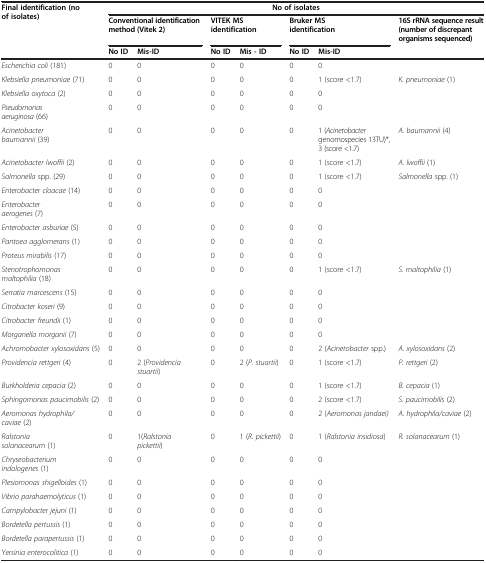
<table><thead><tr><td rowspan="3"><b>Final identification (no of isolates)</b></td><td colspan="7"><b>No of isolates</b></td></tr><tr><td colspan="2"><b>Conventional identification method (Vitek 2)</b></td><td colspan="2"><b>VITEK MS identification</b></td><td colspan="2"><b>Bruker MS identification</b></td><td><b>16S rRNA sequence result (number of discrepant organisms sequenced)</b></td></tr><tr><td><b>No ID</b></td><td><b>Mis-ID</b></td><td><b>No ID</b></td><td><b>Mis - ID</b></td><td><b>No ID</b></td><td><b>Mis-ID</b></td><td></td></tr></thead><tbody><tr><td><i>Escherichia coli</i> (181)</td><td>0</td><td>0</td><td>0</td><td>0</td><td>0</td><td>0</td><td></td></tr><tr><td><i>Klebsiella pneumoniae</i> (71)</td><td>0</td><td>0</td><td>0</td><td>0</td><td>0</td><td>1 (score &lt;1.7)</td><td><i>K. pneumoniae</i> (1)</td></tr><tr><td><i>Klebsiella oxytoca</i> (2)</td><td>0</td><td>0</td><td>0</td><td>0</td><td>0</td><td>0</td><td></td></tr><tr><td><i>Pseudomonas aeruginosa</i> (66)</td><td>0</td><td>0</td><td>0</td><td>0</td><td>0</td><td>0</td><td></td></tr><tr><td><i>Acinetobacter baumannii</i> (39)</td><td>0</td><td>0</td><td>0</td><td>0</td><td>0</td><td>1 (<i>Acinetobacter</i> genomospecies 13TU)*, 3 (score &lt;1.7)</td><td><i>A. baumannii</i> (4)</td></tr><tr><td><i>Acinetobacter lwoffii</i> (2)</td><td>0</td><td>0</td><td>0</td><td>0</td><td>0</td><td>1 (score &lt;1.7)</td><td><i>A. lwoffii</i> (1)</td></tr><tr><td><i>Salmonella</i> spp. (29)</td><td>0</td><td>0</td><td>0</td><td>0</td><td>0</td><td>1 (score &lt;1.7)</td><td><i>Salmonella</i> spp. (1)</td></tr><tr><td><i>Enterobacter cloacae</i> (14)</td><td>0</td><td>0</td><td>0</td><td>0</td><td>0</td><td>0</td><td></td></tr><tr><td><i>Enterobacter aerogenes</i> (7)</td><td>0</td><td>0</td><td>0</td><td>0</td><td>0</td><td>0</td><td></td></tr><tr><td><i>Enterobacter asburiae</i> (5)</td><td>0</td><td>0</td><td>0</td><td>0</td><td>0</td><td>0</td><td></td></tr><tr><td><i>Pantoea agglomerans</i> (1)</td><td>0</td><td>0</td><td>0</td><td>0</td><td>0</td><td>0</td><td></td></tr><tr><td><i>Proteus mirabilis</i> (17)</td><td>0</td><td>0</td><td>0</td><td>0</td><td>0</td><td>0</td><td></td></tr><tr><td><i>Stenotrophomonas maltophilia</i> (18)</td><td>0</td><td>0</td><td>0</td><td>0</td><td>0</td><td>1 (score &lt;1.7)</td><td><i>S. maltophilia</i> (1)</td></tr><tr><td><i>Serratia marcescens</i> (15)</td><td>0</td><td>0</td><td>0</td><td>0</td><td>0</td><td>0</td><td></td></tr><tr><td><i>Citrobacter koseri</i> (9)</td><td>0</td><td>0</td><td>0</td><td>0</td><td>0</td><td>0</td><td></td></tr><tr><td><i>Citrobacter freundii</i> (1)</td><td>0</td><td>0</td><td>0</td><td>0</td><td>0</td><td>0</td><td></td></tr><tr><td><i>Morganella morganii</i> (7)</td><td>0</td><td>0</td><td>0</td><td>0</td><td>0</td><td>0</td><td></td></tr><tr><td><i>Achromobacter xylosoxidans</i> (5)</td><td>0</td><td>0</td><td>0</td><td>0</td><td>0</td><td>2 (<i>Acinetobacter</i> spp.)</td><td><i>A. xylosoxidans</i> (2)</td></tr><tr><td><i>Providencia rettgeri</i> (4)</td><td>0</td><td>2 (<i>Providencia stuartii</i>)</td><td>0</td><td>2 (<i>P. stuartii</i>)</td><td>0</td><td>1 (score &lt;1.7)</td><td><i>P. rettgeri</i> (2)</td></tr><tr><td><i>Burkholderia cepacia</i> (2)</td><td>0</td><td>0</td><td>0</td><td>0</td><td>0</td><td>1 (score &lt;1.7)</td><td><i>B. cepacia</i> (1)</td></tr><tr><td><i>Sphingomonas paucimobilis</i> (2)</td><td>0</td><td>0</td><td>0</td><td>0</td><td>0</td><td>2 (score &lt;1.7)</td><td><i>S. paucimobilis</i> (2)</td></tr><tr><td><i>Aeromonas hydrophila/caviae</i> (2)</td><td>0</td><td>0</td><td>0</td><td>0</td><td>0</td><td>2 (<i>Aeromonas jandaei)</i></td><td><i>A. hydrophila/caviae</i> (2)</td></tr><tr><td><i>Ralstonia solanacearum</i> (1)</td><td>0</td><td>1(<i>Ralstonia pickettii</i>)</td><td>0</td><td>1 (<i>R. pickettii</i>)</td><td>0</td><td>1 (<i>Ralstonia insidiosa</i>)</td><td><i>R. solanacearum</i> (1)</td></tr><tr><td><i>Chryseobacterium indologenes</i> (1)</td><td>0</td><td>0</td><td>0</td><td>0</td><td>0</td><td>0</td><td></td></tr><tr><td><i>Plesiomonas shigelloides</i> (1)</td><td>0</td><td>0</td><td>0</td><td>0</td><td>0</td><td>0</td><td></td></tr><tr><td><i>Vibrio parahaemolyticus</i> (1)</td><td>0</td><td>0</td><td>0</td><td>0</td><td>0</td><td>0</td><td></td></tr><tr><td><i>Campylobacter jejuni</i> (1)</td><td>0</td><td>0</td><td>0</td><td>0</td><td>0</td><td>0</td><td></td></tr><tr><td><i>Bordetella pertussis</i> (1)</td><td>0</td><td>0</td><td>0</td><td>0</td><td>0</td><td>0</td><td></td></tr><tr><td><i>Bordetella parapertussis</i> (1)</td><td>0</td><td>0</td><td>0</td><td>0</td><td>0</td><td>0</td><td></td></tr><tr><td><i>Yersinia enterocolitica</i> (1)</td><td>0</td><td>0</td><td>0</td><td>0</td><td>0</td><td>0</td><td></td></tr></tbody></table>